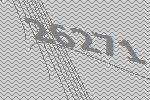
26271